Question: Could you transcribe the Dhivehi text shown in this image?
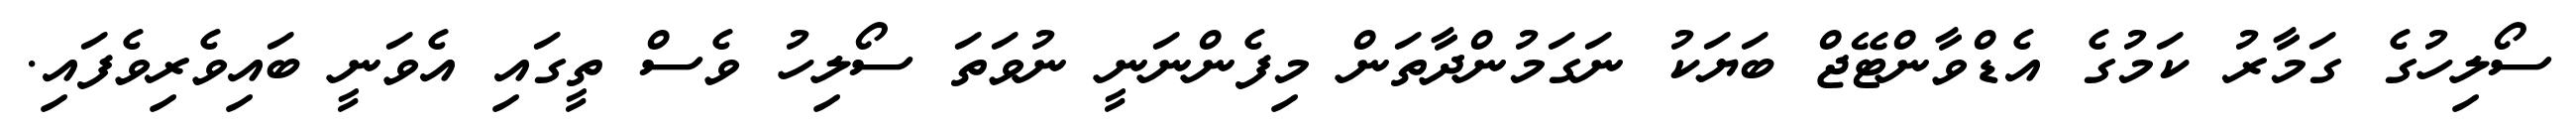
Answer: ސޯލިހުގެ ގަމާރު ކަމުގެ އެޑްވާންޓޭޖް ބަޔަކު ނަގަމުންދާތަން މިފެންނަނީ ނުވަތަ ސޯލިހު ވެސް ތީގައި އެވަނީ ބައިވެރިވެފައި.